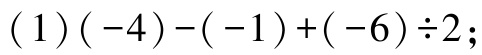
$(1)(-4)-(-1)+(-6)\div 2;$